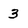
Character: 3